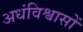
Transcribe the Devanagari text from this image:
अधंविश्वासों